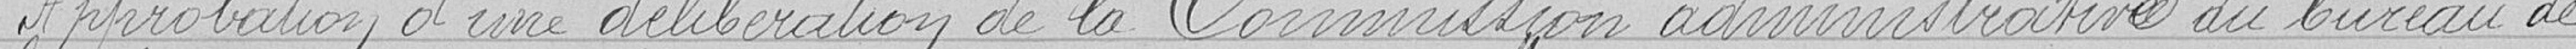
Approbation d'une délibération de la Commission administrative du bureau de